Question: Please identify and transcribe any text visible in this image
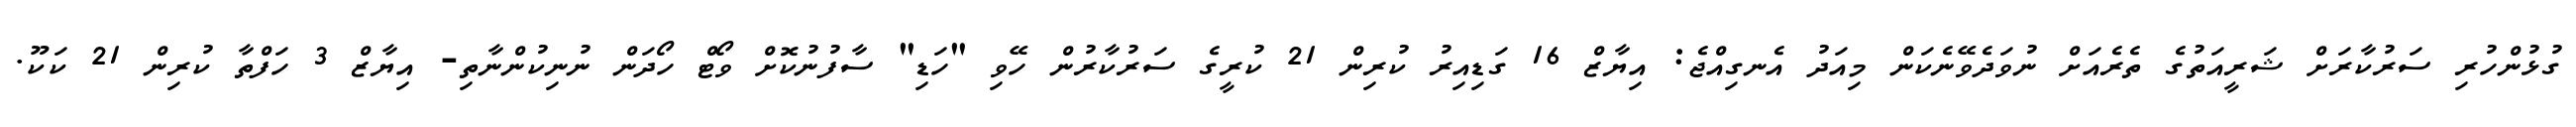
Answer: ގުޅުންހުރި ސަރުކާރަށް ޝަރީއަތުގެ ތެރެއަށް ނުވަދެވޭނެކަން މިއަދު އެނގިއްޖެ: އިޔާޒް 16 ގަޑިއިރު ކުރިން 21 ކުރީގެ ސަރުކާރުން ހޭވި "ހަޑި" ސާފުނުކޮށް ވޯޓް ހޯދަން ނުނިކުންނާތި- އިޔާޒް 3 ހަފްތާ ކުރިން 21 ކަކޫ.